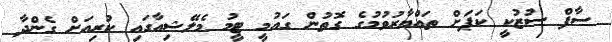
ސާފް ސުޒުކީ ކަޕަށް ތައްޔާރުވުމުގެ ގޮތުން ގައުމީ ޓީމު މެލޭޝިއާގައި ކުރިއަށް ގެންދާ